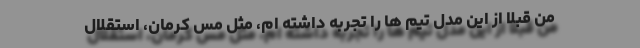
من قبلا از این مدل تیم ها را تجربه داشته ام، مثل مس کرمان، استقلال